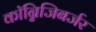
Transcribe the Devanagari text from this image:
कॉन्निजिबर्जर